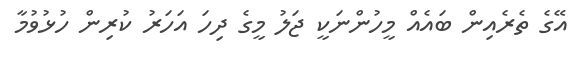
އޭގެ ތެރެއިން ބައެއް މީހުންނަކީ ޖަލު މީގެ ދިހަ އަހަރު ކުރިން ހުޅުވުމާ